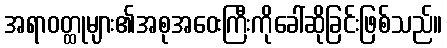
အရာဝတ္ထုများ၏အစုအဝေးကြီးကိုခေါ်ဆိုခြင်းဖြစ်သည်။